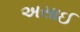
અસાઈ